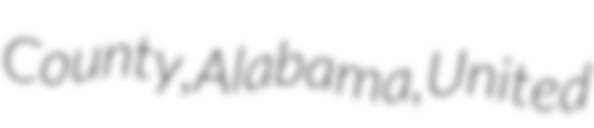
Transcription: County, Alabama, United